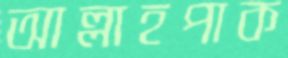
আল্লাহপাক